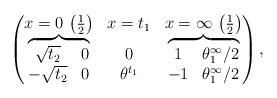
LaTeX: \begin{gather*}\left(\begin{matrix}x=0 \, \left( \frac12 \right) & x=t_1 & x=\infty \, \left( \frac12 \right)\\\overbrace{\begin{matrix}\sqrt{t_2} & 0\\-\sqrt{t_2} & 0\end{matrix}}&\begin{matrix}0\\\theta^{t_1}\end{matrix}&\overbrace{\begin{matrix}1 & \theta^\infty_1/2 \\-1 & \theta^\infty_1/2\end{matrix}}\end{matrix}\right),\end{gather*}